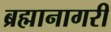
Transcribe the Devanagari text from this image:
ब्रह्मानागरी